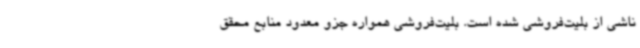
ناشی از بلیت‌فروشی شده است. بلیت‌فروشی همواره جزو معدود منابع محقق